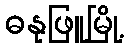
ဓနုဖြူမြို့